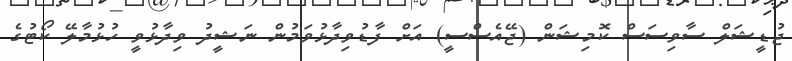
ޖުޑީޝަލް ސާވިސަސް ކޮމިޝަން (ޖޭއެސްސީ) އަށް ފާޑުވިދާޅުވަމުން ނަޝީދު ވިދާޅުވީ ހުޅުމާލޭ ކޯޓުގެ